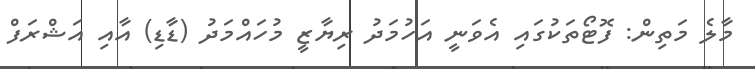
މާލެ މަތިން: ފޮޓޯތަކުގައި އެވަނީ އަހުމަދު ރިޔާޒީ މުހައްމަދު (ޑާޑި) އާއި އަޝްރަފް